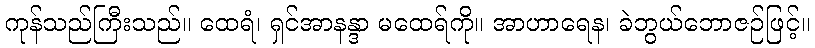
ကုန်သည်ကြီးသည်။ ထေရံ၊ ရှင်အာနန္ဒာ မထေရ်ကို။ အာဟာရေန၊ ခဲဘွယ်ဘောဇဉ်ဖြင့်။